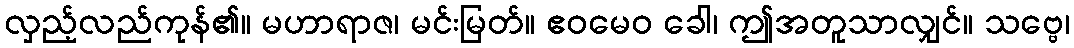
လှည့်လည်ကုန်၏။ မဟာရာဇ၊ မင်းမြတ်။ ဧဝမေဝ ခေါ၊ ဤအတူသာလျှင်။ သဗ္ဗေ၊